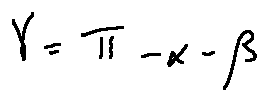
\gamma = \pi - \alpha - \beta